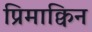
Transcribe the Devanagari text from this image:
प्रिमाक्विन